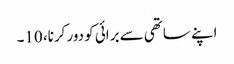
اپنے ساتھی سے برائی کو دور کرنا، 10۔